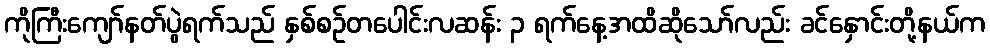
ကိုကြီးကျော်နတ်ပွဲရက်သည် နှစ်စဉ်တပေါင်းလဆန်း ၃ ရက်နေ့အထိဆိုသော်လည်း ခင်နှောင်းတို့နယ်က